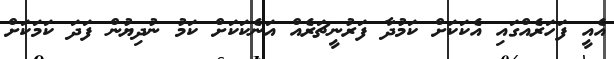
އެއީ ފަހަރެއްގައި އެކަކަށް ކަމުދާ ފަރުނީޗަރެއް އަނެކަކަށް ކަމު ނުދިޔުން ފަދަ ކަމަކަށް